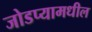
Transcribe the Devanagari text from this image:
जोडप्यामधील